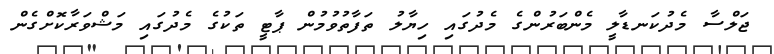
ޖަލްސާ މެދުކަނޑާލީ މެންބަރުންގެ މެދުގައި ހިޔާލު ތަފާތުވުމުން ޕާޓީ ތަކުގެ މެދުގައި މަޝްވަރާކޮށްގެން